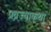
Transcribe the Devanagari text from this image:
प्रव्रज्याकथा